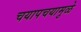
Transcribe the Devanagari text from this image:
चयापचयामुळे